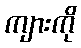
ကျားကို